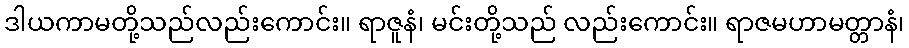
ဒါယကာမတို့သည်လည်းကောင်း။ ရာဇူနံ၊ မင်းတို့သည် လည်းကောင်း။ ရာဇမဟာမတ္တာနံ၊